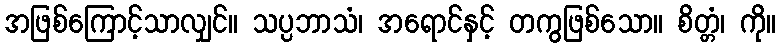
အဖြစ်ကြောင့်သာလျှင်။ သပ္ပဘာသံ၊ အရောင်နှင့် တကွဖြစ်သော။ စိတ္တံ၊ ကို။